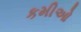
કમીઓ